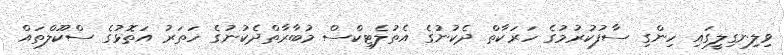
ވިލިނގިލީގައި ހިންގި ސާފުކުރުމުގެ ހަަރަކާތް ދެކުނުގެ އެތުލެޓިކްސް މުބާރާތްދެކުނުގެ ހަތަރު އަތޮޅުގެ ސްކޫލްތައް